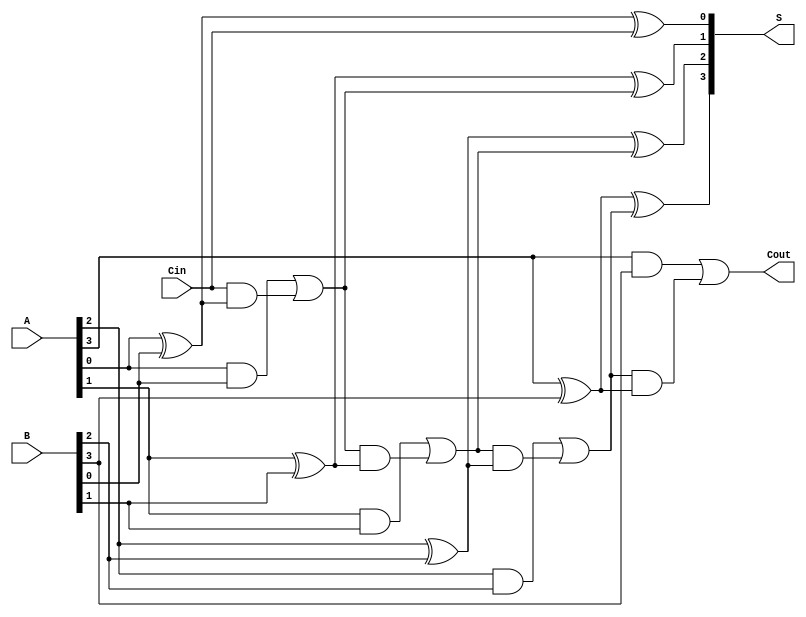
module han_carlson_adder #(parameter N = 4) (
    input  wire [N-1:0] A,      // First n-bit input
    input  wire [N-1:0] B,      // Second n-bit input
    input  wire Cin,             // Carry-in
    output wire [N-1:0] S,       // n-bit sum output
    output wire Cout             // Carry-out
);

    wire [N:0] C; // Carry bits, C[0] is the carry-in, C[N] is the carry-out

    // Assign the initial carry-in
    assign C[0] = Cin;

    // Generate carry and sum for each bit
    genvar i;
    generate
        for (i = 0; i < N; i = i + 1) begin : adder_stage
            // Sum calculation
            assign S[i] = A[i] ^ B[i] ^ C[i];

            // Carry generation
            assign C[i+1] = (A[i] & B[i]) | (C[i] & (A[i] ^ B[i]));
        end
    endgenerate

    // Assign the final carry-out
    assign Cout = C[N];

endmodule